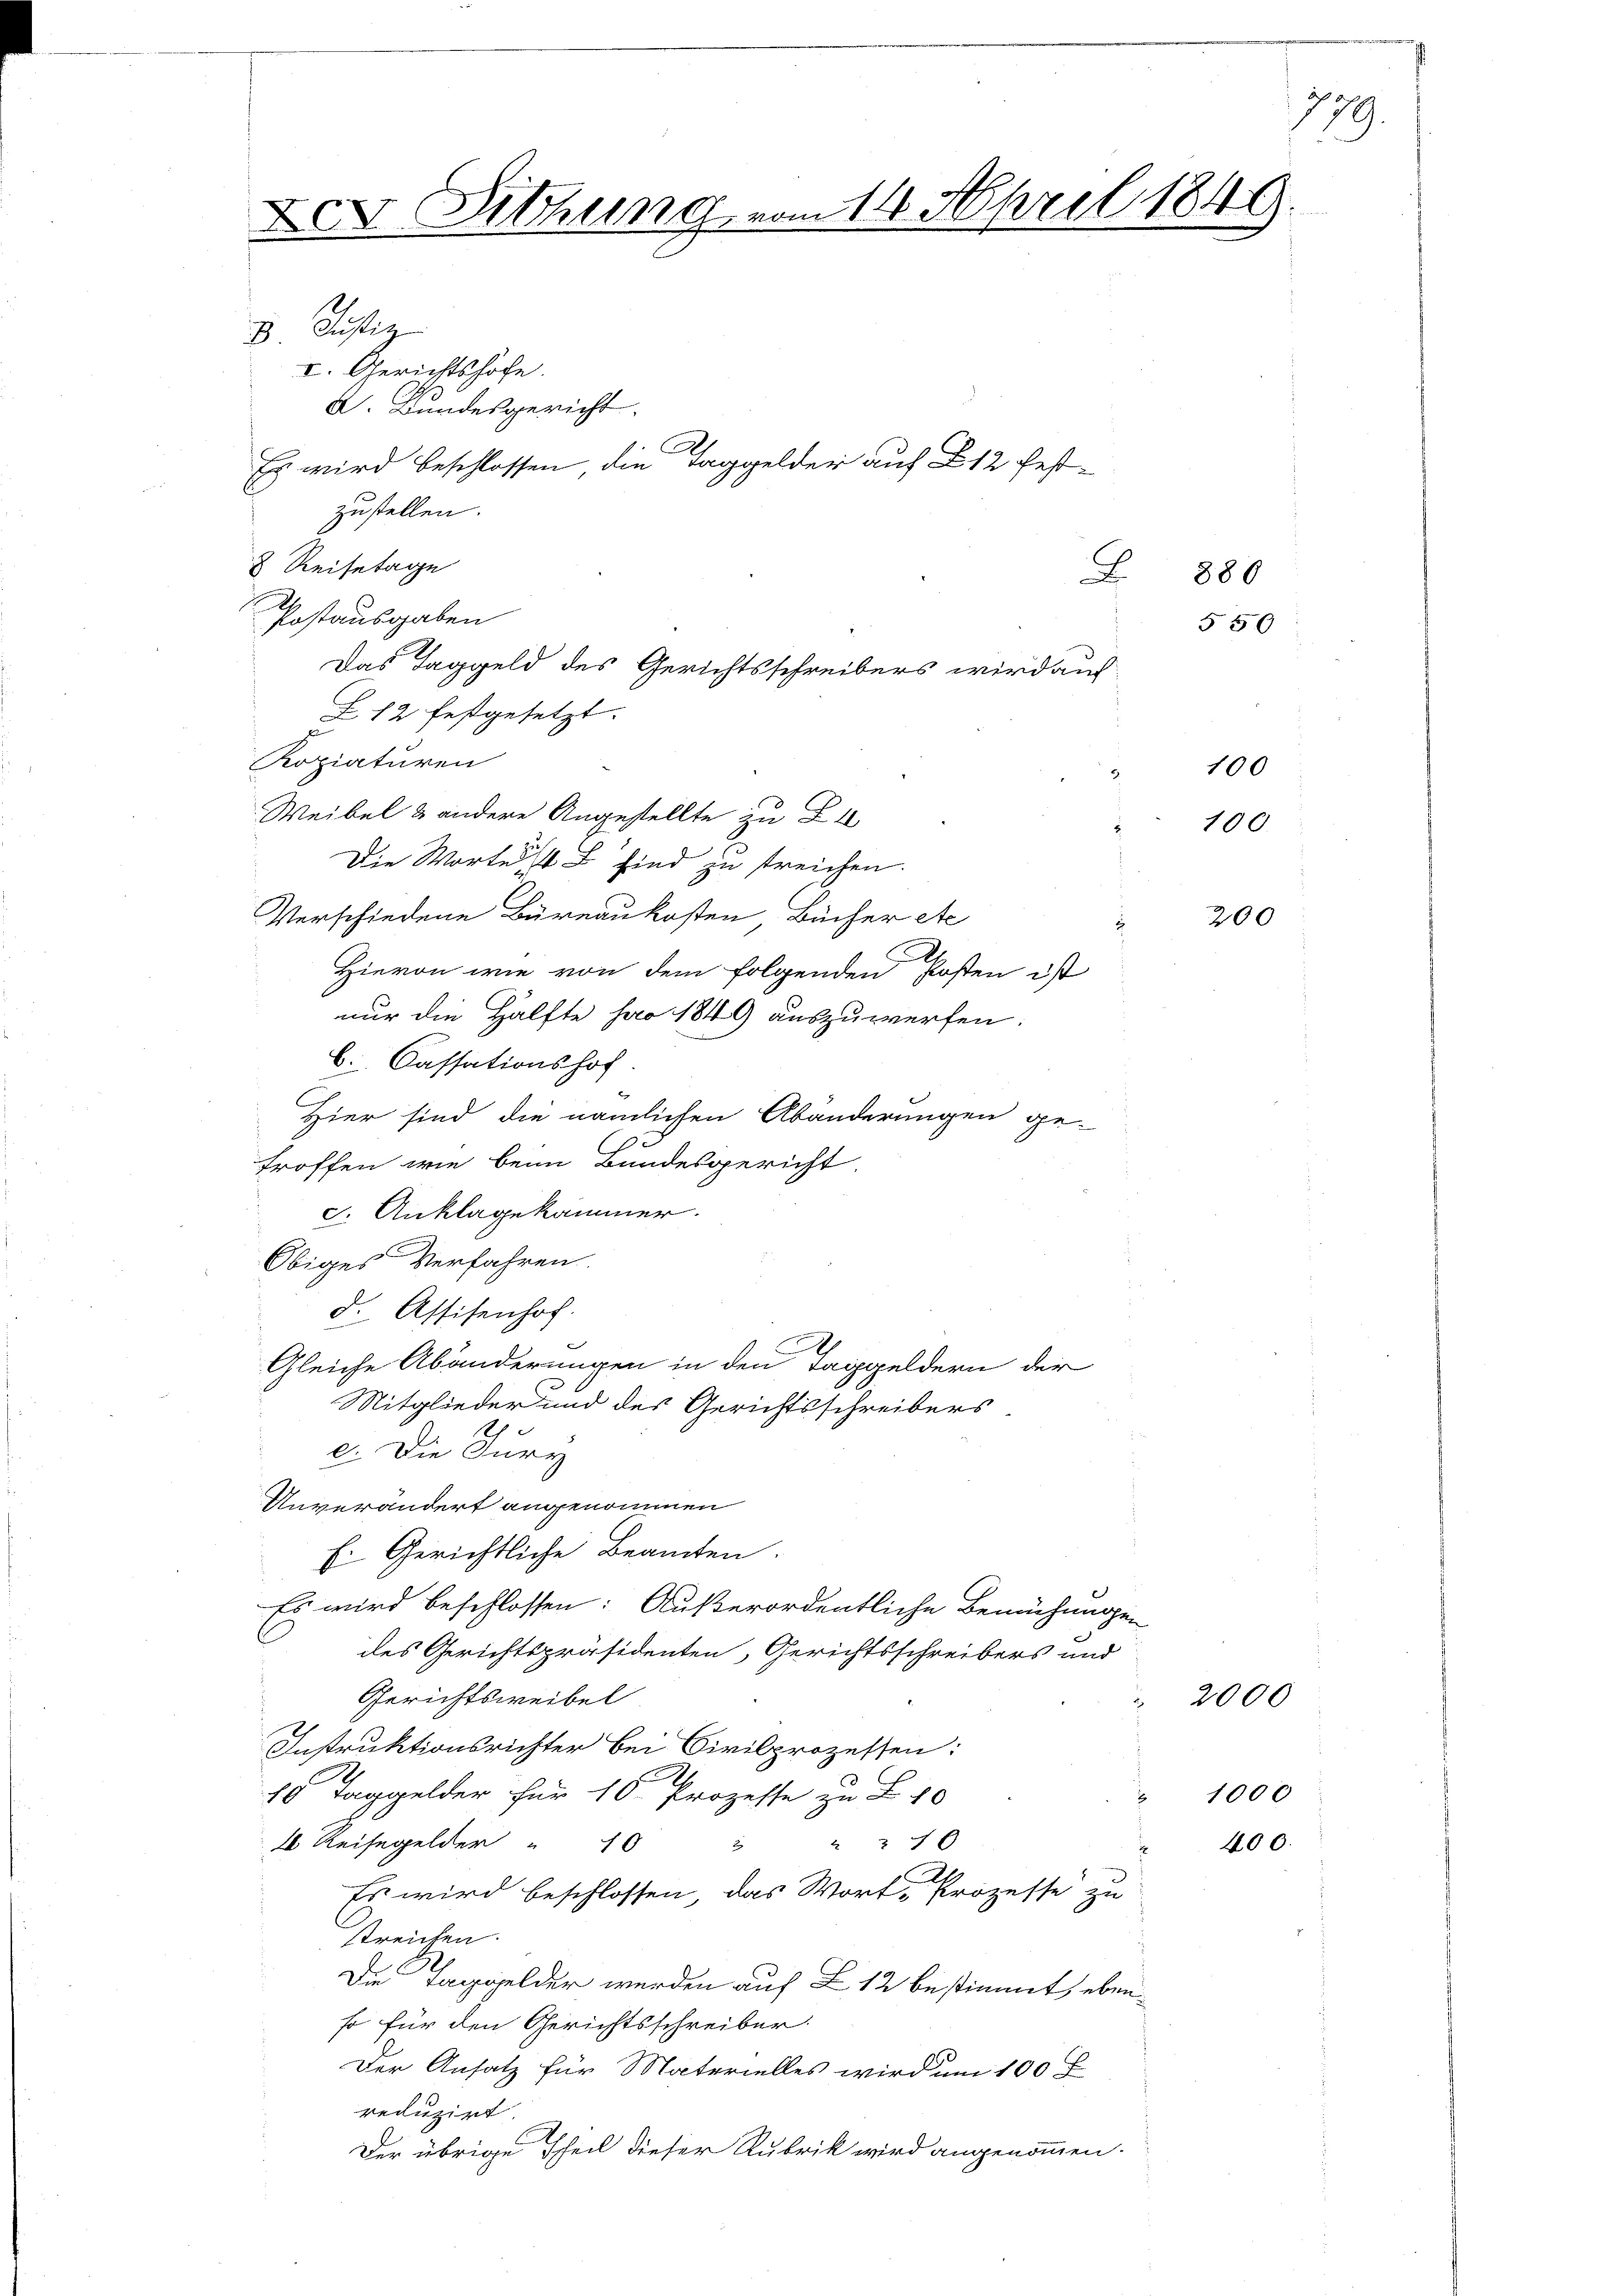
3. Justiz
I. Gerichtshofe.
A. Bundesgericht.
zustellen.
8 Reisetage
x
Postausgaben
Das Taggeld des Gerichtsschreibers wird auch
Z 12 festgesetzt.
Kopiaturen
Weibel & andere Angestellte zu B
Die Worte 14  sind zu treichen.
Verschiedene Büreaukosten Bücher etc
Hievon wie von dem folgenden Kosten ist
nur die Hälfte pro 1849 auszuwerfen:
C. Cassationshof.
Hier sind die nämlichen Abänderungen ge-
troffen wie beim Bundesgericht
J. Anklage kammer.
Obiges Verfahren.
d. Assisenhof.
A
Gleiche Abänderungen in den Taggeldern der
Mitglieder und des Gerichtsschreibers
e. Die Jury
Unverändert angenommen
E. Gerichtliche Beamten.
Es wird beschlossen: Außerordentliche Bemühungen
des Gerichtspräsidenten, Gerichtsschreibers und
Gerichtsweibel
Instruktionsrichter bei Civilprozessen:
.
10 Taggelder für 10. Prozesse zu Z. 10
2 Reisegelder " 10 "
27 x
Es wird beschlossen, das Worte Prozesse zu
streichen.
Die Taggelder werden auf § 12 bestimmt, eben
so für den Gerichtsschreiber.
Der Ansatz für Materielles wird um 100
reduzirt
Der übrige Theil dieser Rubrik wird angenommen.

V Sitzung vom 14. April 1849.

C
Es wird beschlossen die Taggelder auf 12 fest-

880
5 50

100
100.

200

2000

1000
400.

1

379.